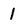
Character: 1